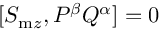
[ S _ { \mathrm { m } z } , P ^ { \beta } Q ^ { \alpha } ] = 0